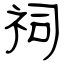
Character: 祠